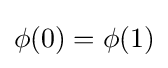
\phi (0)=\phi (1)